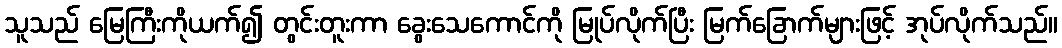
သူသည် မြေကြီးကိုယက်၍ တွင်းတူးကာ ခွေးသေကောင်ကို မြုပ်လိုက်ပြီး မြက်ခြောက်များဖြင့် အုပ်လိုက်သည်။